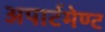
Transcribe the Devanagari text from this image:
अपार्टमेण्ट